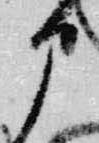
部